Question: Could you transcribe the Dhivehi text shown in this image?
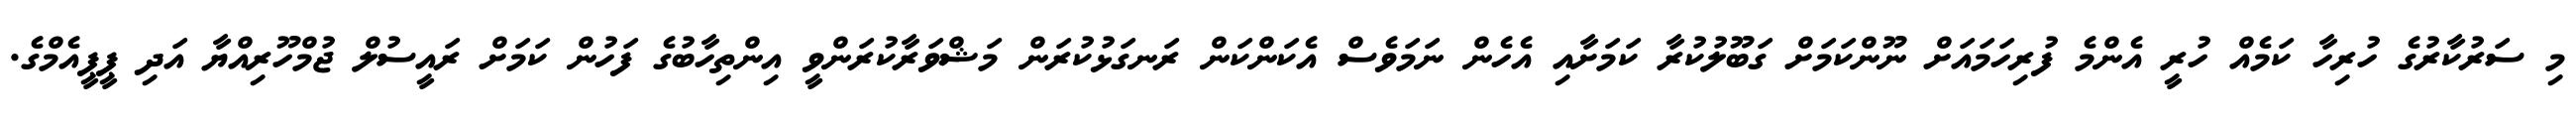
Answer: މި ސަރުކާރުގެ ހުރިހާ ކަމެއް ހުރީ އެންމެ ފުރިހަމައަށް ނޫންކަމަށް ގަބޫލުކުރާ ކަމަށާއި އެހެން ނަމަވެސް އެކަންކަން ރަނގަޅުކުރަން މަޝްވަރާކުރަންވީ އިންތިހާބުގެ ފަހުން ކަމަށް ރައީސުލް ޖުމްހޫރިއްޔާ އަދި ޕީޕީއެމްގެ.